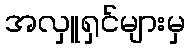
အလှူရှင်များမှ